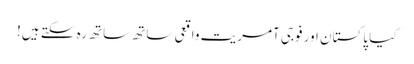
کیا پاکستان اور فوجی آمریت واقعی ساتھ ساتھ رہ سکتے ہیں!